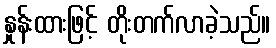
နှုန်းထားဖြင့် တိုးတက်လာခဲ့သည်။